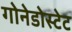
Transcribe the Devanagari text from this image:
गोनेडोस्टेट